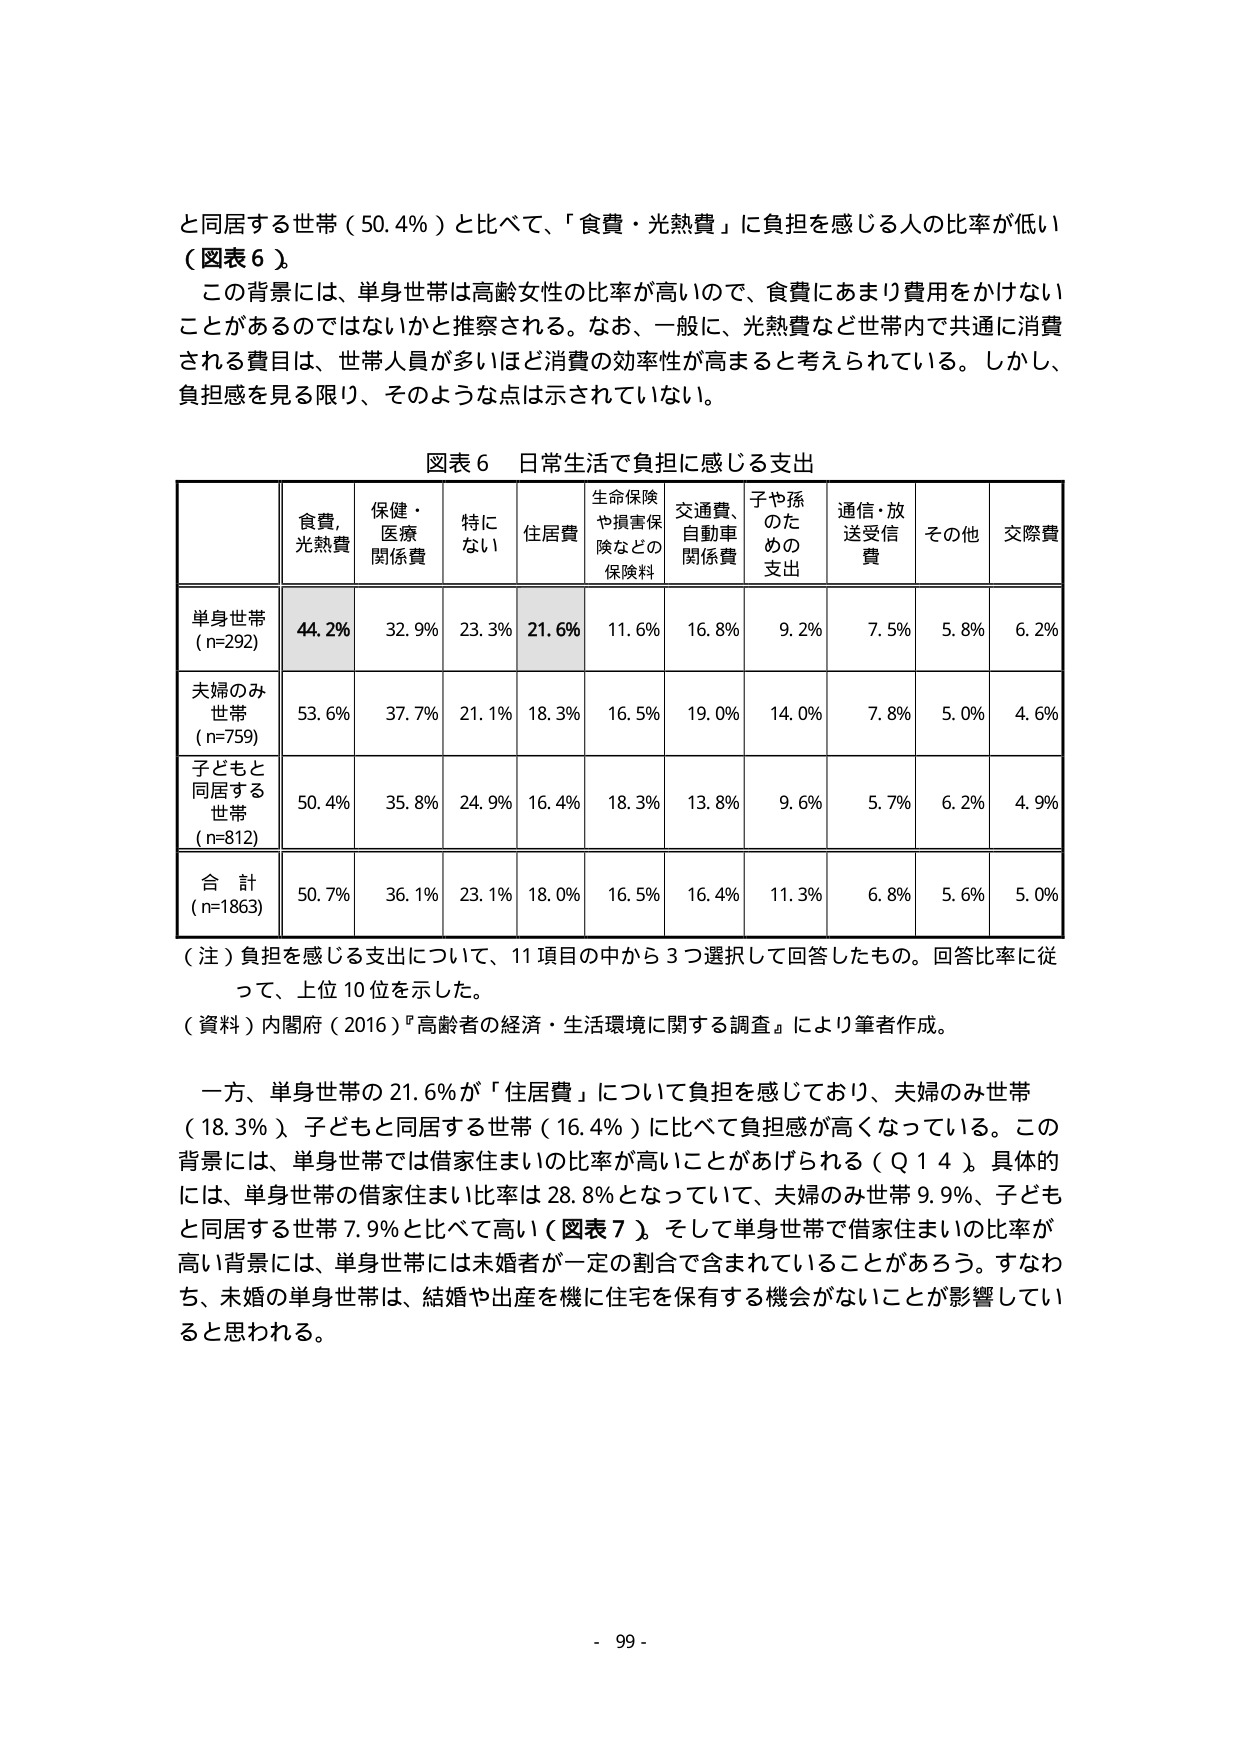
と同居する世帯（50.4％）と比べて、「食費・光熱費」に負担を感じる人の比率が低い（図表６）。

この背景には、単身世帯は高齢女性の比率が高いので、食費にあまり費用をかけないことがあるのではないかと推察される。なお、一般に、光熱費など世帯内で共通に消費される費目は、世帯人員が多いほど消費の効率性が高まると考えられている。しかし、負担感を見る限り、そのような点は示されていない。

図表６ 日常生活で負担に感じる支出

| | 食費, 光熱費 | 保健・医療関係費 | 特にない | 住居費 | 生命保険や損害保険などの保険料 | 交通費、自動車関係費 | 子や孫のための支出 | 通信・放送受信費 | その他 | 交際費 |
|---|---|---|---|---|---|---|---|---|---|---|
| 単身世帯（n=292） | 44.2% | 32.9% | 23.3% | 21.6% | 11.6% | 16.8% | 9.2% | 7.5% | 5.8% | 6.2% |
| 夫婦のみ世帯（n=759） | 53.6% | 37.7% | 21.1% | 18.3% | 16.5% | 19.0% | 14.0% | 7.8% | 5.0% | 4.6% |
| 子どもと同居する世帯（n=812） | 50.4% | 35.8% | 24.9% | 16.4% | 18.3% | 13.8% | 9.6% | 5.7% | 6.2% | 4.9% |
| 合計（n=1863） | 50.7% | 36.1% | 23.1% | 18.0% | 16.5% | 16.4% | 11.3% | 6.8% | 5.6% | 5.0% |

（注）負担を感じる支出について、11項目の中から3つ選択して回答したもの。回答比率に従って、上位10位を示した。

（資料）内閣府（2016）『高齢者の経済・生活環境に関する調査』により筆者作成。

一方、単身世帯の21.6％が「住居費」について負担を感じており、夫婦のみ世帯（18.3％）、子どもと同居する世帯（16.4％）に比べて負担感が高くなっている。この背景には、単身世帯では借家住まいの比率が高いことがあげられる（Ｑ１４）。具体的には、単身世帯の借家住まい比率は28.8％となっていて、夫婦のみ世帯9.9％、子どもと同居する世帯7.9％と比べて高い（図表７）。そして単身世帯で借家住まいの比率が高い背景には、単身世帯には未婚者が一定の割合で含まれていることがあるろう。すなわち、未婚の単身世帯は、結婚や出産を機に住宅を保有する機会がないことが影響していると思われる。

- 99 -